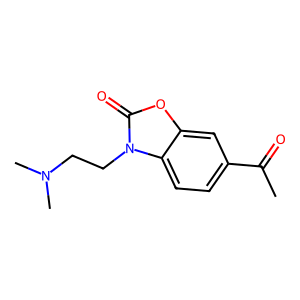
SMILES: CC(=O)c1ccc2c(c1)oc(=O)n2CCN(C)C
Inhibits HIV replication: No